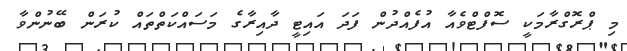
މި ޕްރޮގްރާމަކީ ސޮފްޓްވެއާ އުފެއްދުން ފަދަ އައިޓީ ދާއިރާގެ މަސައްކަތްތައް ކުރަން ބޭނުންވާ